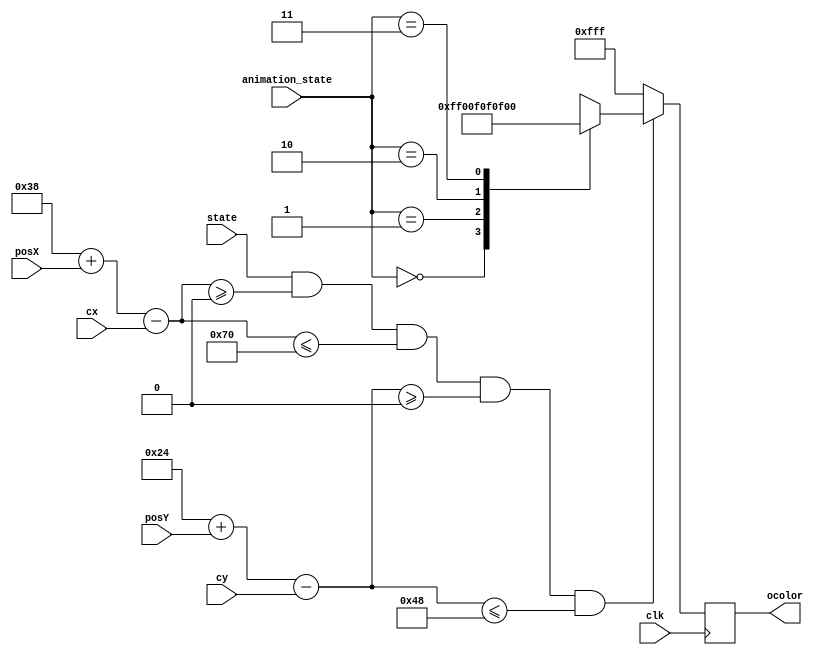
`timescale 1ns / 1ps

module debugkong(
	input wire clk,
    input wire [9:0] cx,
    input wire [8:0] cy,
	input wire [8:0] posY,
	input wire [9:0] posX,
    input wire state,
    input wire [1:0] animation_state,
	output reg [11:0] ocolor
    );

	// wire[23:0] load;
	// wire[11:0] address;

	localparam height = 72;
	localparam width = 112;

    localparam KONG_INITIAL = 1'b0,
               KONG_PLAYING = 1'b1;
    
    localparam KONG_NORMAL = 2'b00,
               KONG_GET    = 2'b01,
               KONG_HOLD   = 2'b10,
               KONG_DROP   = 2'b11;

    wire [9:0] relative_x;
    wire [8:0] relative_y;

    assign relative_x = (width  >> 1) + posX - cx;
    assign relative_y = (height >> 1) + posY - cy;
	//IP core storing the image
	// img2 load_color(.a(address), .spo(load));
	// assign address = (row - posY) * width + (col - posX);
	always@(posedge clk)
	begin
		if(state == KONG_PLAYING && relative_x >= 0 && relative_x <= width && relative_y >= 0 && relative_y <= height) begin
            case (animation_state)
                KONG_NORMAL: ocolor = 12'h0F_F;
                KONG_GET: ocolor = 12'h00_F;
                KONG_HOLD: ocolor = 12'h0F_0;
                KONG_DROP: ocolor = 12'hF0_0;
                default: ocolor = 12'h00_0;
            endcase
        end
		else ocolor = 12'hFF_F;
	end

endmodule